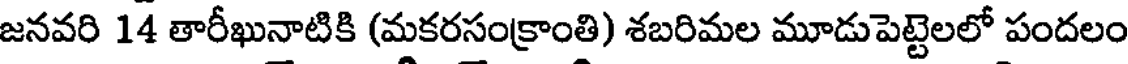
జనవరి 14 తారీఖునాటికి (మకరసంక్రాంతి) శబరిమల మూడుపెట్టెలలో పందలం